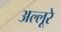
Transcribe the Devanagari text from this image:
अल्लूरे